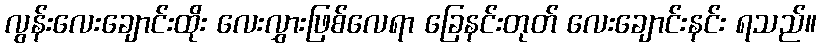
လွန်းလေးချောင်းထိုး လေးလွှားဖြစ်လေရာ ခြေနင်းတုတ် လေးချောင်းနင်း ရသည်။